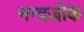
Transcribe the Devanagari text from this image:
नन्दजीके